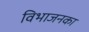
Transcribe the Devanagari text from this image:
विभाजनका